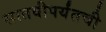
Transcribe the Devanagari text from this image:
सातवीपर्यंतची